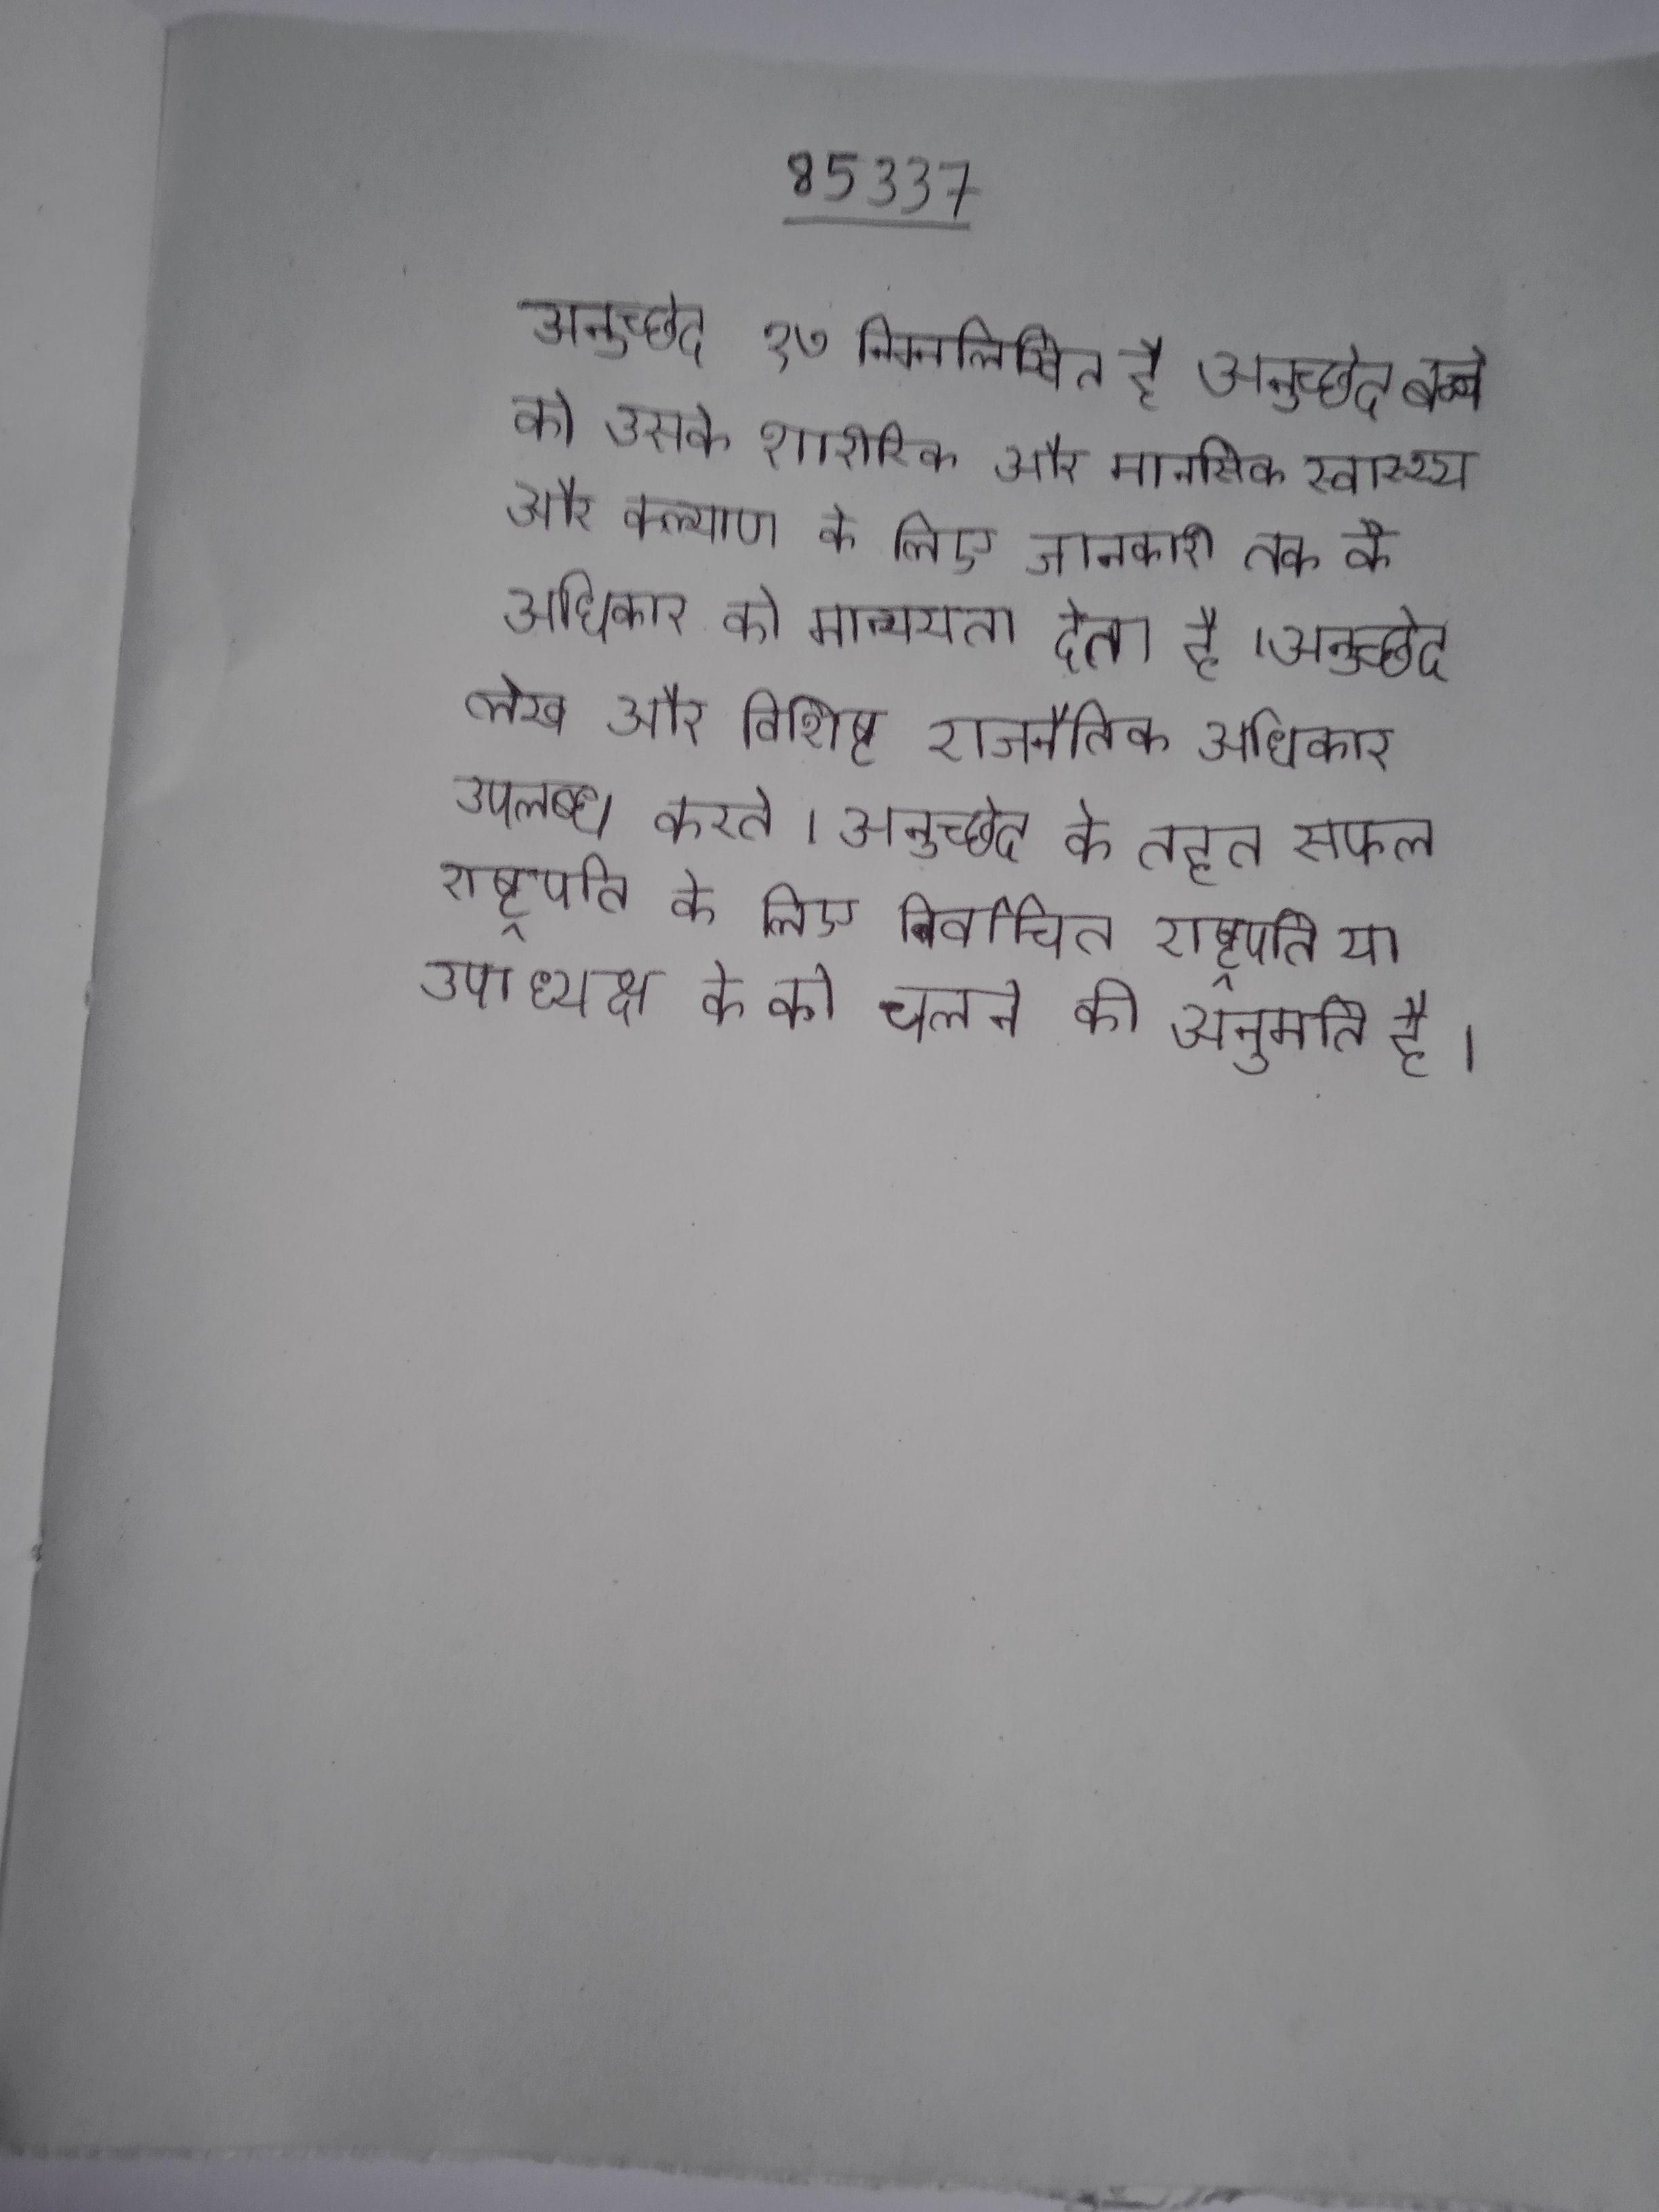
अनुच्छेद १७ निम्नलिखित है अनुच्छेद बच्चे को उसके शारीरिक और मानसिक स्वास्थ्य और कल्याण के लिए जानकारी तक के अधिकार को मान्यता देता है । अनुच्छेद लेख और विशिष्ट राजनैतिक अधिकार उपलब्ध करते । अनुच्छेद के तहत, सफल राष्ट्रपति के लिए निर्वाचित राष्ट्रपति या उपाध्यक्ष के को चलने की अनुमति है ।